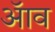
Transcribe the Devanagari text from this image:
ॲाव